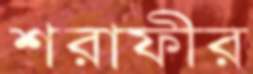
শরাফীর